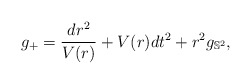
\begin{align*}g_+=\frac{dr^2}{V(r)}+V(r)dt^2+r^2g_{\mathbb{S}^2},\end{align*}